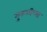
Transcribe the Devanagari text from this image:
मुरुळीच्या